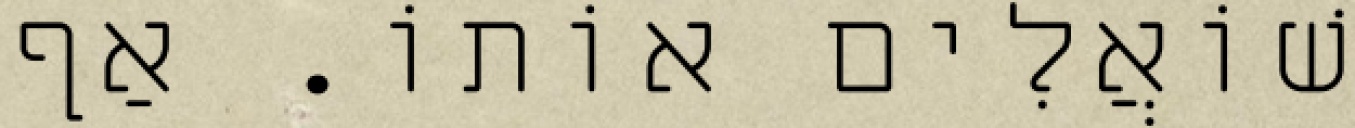
שׁוֹאֲלִים אוֹתוֹ. אַף